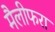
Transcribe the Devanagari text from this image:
मैलीफरा